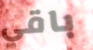
باقي